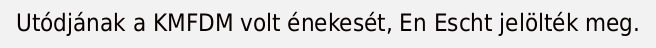
Utódjának a KMFDM volt énekesét, En Escht jelölték meg.